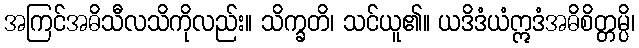
အကြင်အဓိသီလသိကိုလည်း။ သိက္ခတိ၊ သင်ယူ၏။ ယဒိဒံယံဣဒံအဓိစိတ္တမ္ပိ၊